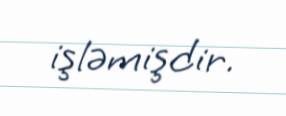
işləmişdir.